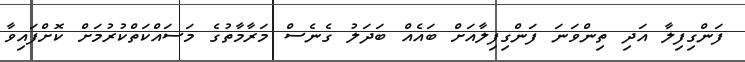
ފަންގިފިލާ އަދި ތިންވަނަ ފަންގިފިލާއަށް ބައެއް ބަދަލު ގެނެސް މަރާމާތުގެ މަސައްކަތްކުރުމަށް ކޮށްފައިވާ